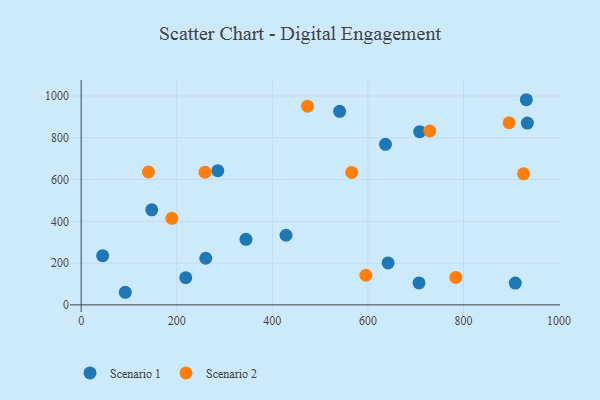
{"axis": {"x": "Speed", "y": "Fuel Efficiency"}, "legend": ["Scenario 1", "Scenario 2"], "data": [{"x": "931.4", "y": 982.2, "type": "Scenario 1"}, {"x": "218.8", "y": 130.2, "type": "Scenario 1"}, {"x": "260.7", "y": 223.2, "type": "Scenario 1"}, {"x": "540.8", "y": 926.8, "type": "Scenario 1"}, {"x": "344.8", "y": 313.7, "type": "Scenario 1"}, {"x": "933.6", "y": 870.5, "type": "Scenario 1"}, {"x": "636.7", "y": 768.5, "type": "Scenario 1"}, {"x": "285.9", "y": 642.7, "type": "Scenario 1"}, {"x": "44.9", "y": 235.6, "type": "Scenario 1"}, {"x": "147.7", "y": 455.0, "type": "Scenario 1"}, {"x": "706.9", "y": 105.1, "type": "Scenario 1"}, {"x": "908.3", "y": 104.1, "type": "Scenario 1"}, {"x": "642.2", "y": 200.7, "type": "Scenario 1"}, {"x": "428.6", "y": 333.3, "type": "Scenario 1"}, {"x": "708.3", "y": 829.1, "type": "Scenario 1"}, {"x": "92.3", "y": 60.2, "type": "Scenario 1"}, {"x": "566.0", "y": 634.0, "type": "Scenario 2"}, {"x": "140.8", "y": 636.2, "type": "Scenario 2"}, {"x": "783.9", "y": 131.4, "type": "Scenario 2"}, {"x": "925.7", "y": 627.6, "type": "Scenario 2"}, {"x": "595.7", "y": 141.7, "type": "Scenario 2"}, {"x": "473.6", "y": 951.1, "type": "Scenario 2"}, {"x": "259.1", "y": 635.2, "type": "Scenario 2"}, {"x": "895.4", "y": 871.9, "type": "Scenario 2"}, {"x": "729.5", "y": 832.4, "type": "Scenario 2"}, {"x": "189.7", "y": 414.5, "type": "Scenario 2"}]}